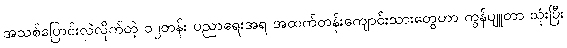
အသစ်ပြောင်းလဲလိုက်တဲ့ ၁၂တန်း ပညာရေးအရ အထက်တန်းကျောင်းသားတွေဟာ ကွန်ပျူတာ သုံးပြီး